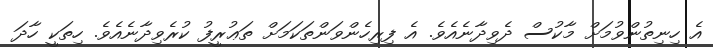
އެ ހިނިތުންވުމަށް މާކުސް ދެވިދާނެއެވެ. އެ ފިރިހެންވަންތަކަމަށް ތަޢުރީފު ކުރެވިދާނެއެވެ. ހިތަކީ ހާދަ